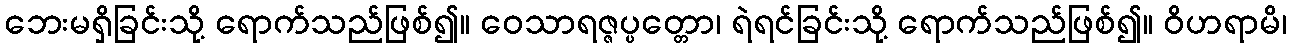
ဘေးမရှိခြင်းသို့ ရောက်သည်ဖြစ်၍။ ဝေသာရဇ္ဇပ္ပတ္တော၊ ရဲရင်ခြင်းသို့ ရောက်သည်ဖြစ်၍။ ဝိဟရာမိ၊